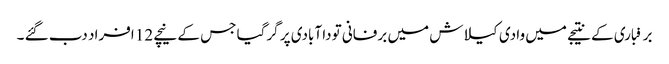
برفباری کے نتیجے میں وادی کیلاش میں برفانی تودا آبادی پر گرگیا جس کے نیچے 12 افراد دب گئے ۔